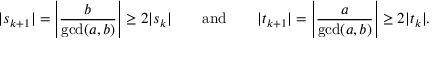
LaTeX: | s _ { k + 1 } | = \left| { \frac { b } { \operatorname* { g c d } ( a , b ) } } \right| \geq 2 | s _ { k } | \qquad { \mathrm { a n d } } \qquad | t _ { k + 1 } | = \left| { \frac { a } { \operatorname* { g c d } ( a , b ) } } \right| \geq 2 | t _ { k } | .